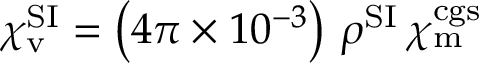
\chi _ { \mathrm { v } } ^ { \mathrm { S I } } = \left( 4 \pi \times 1 0 ^ { - 3 } \right) \, \rho ^ { \mathrm { { S I } } } \, \chi _ { \mathrm { m } } ^ { \mathrm { c g s } }